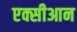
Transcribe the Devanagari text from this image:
एक्सीआन